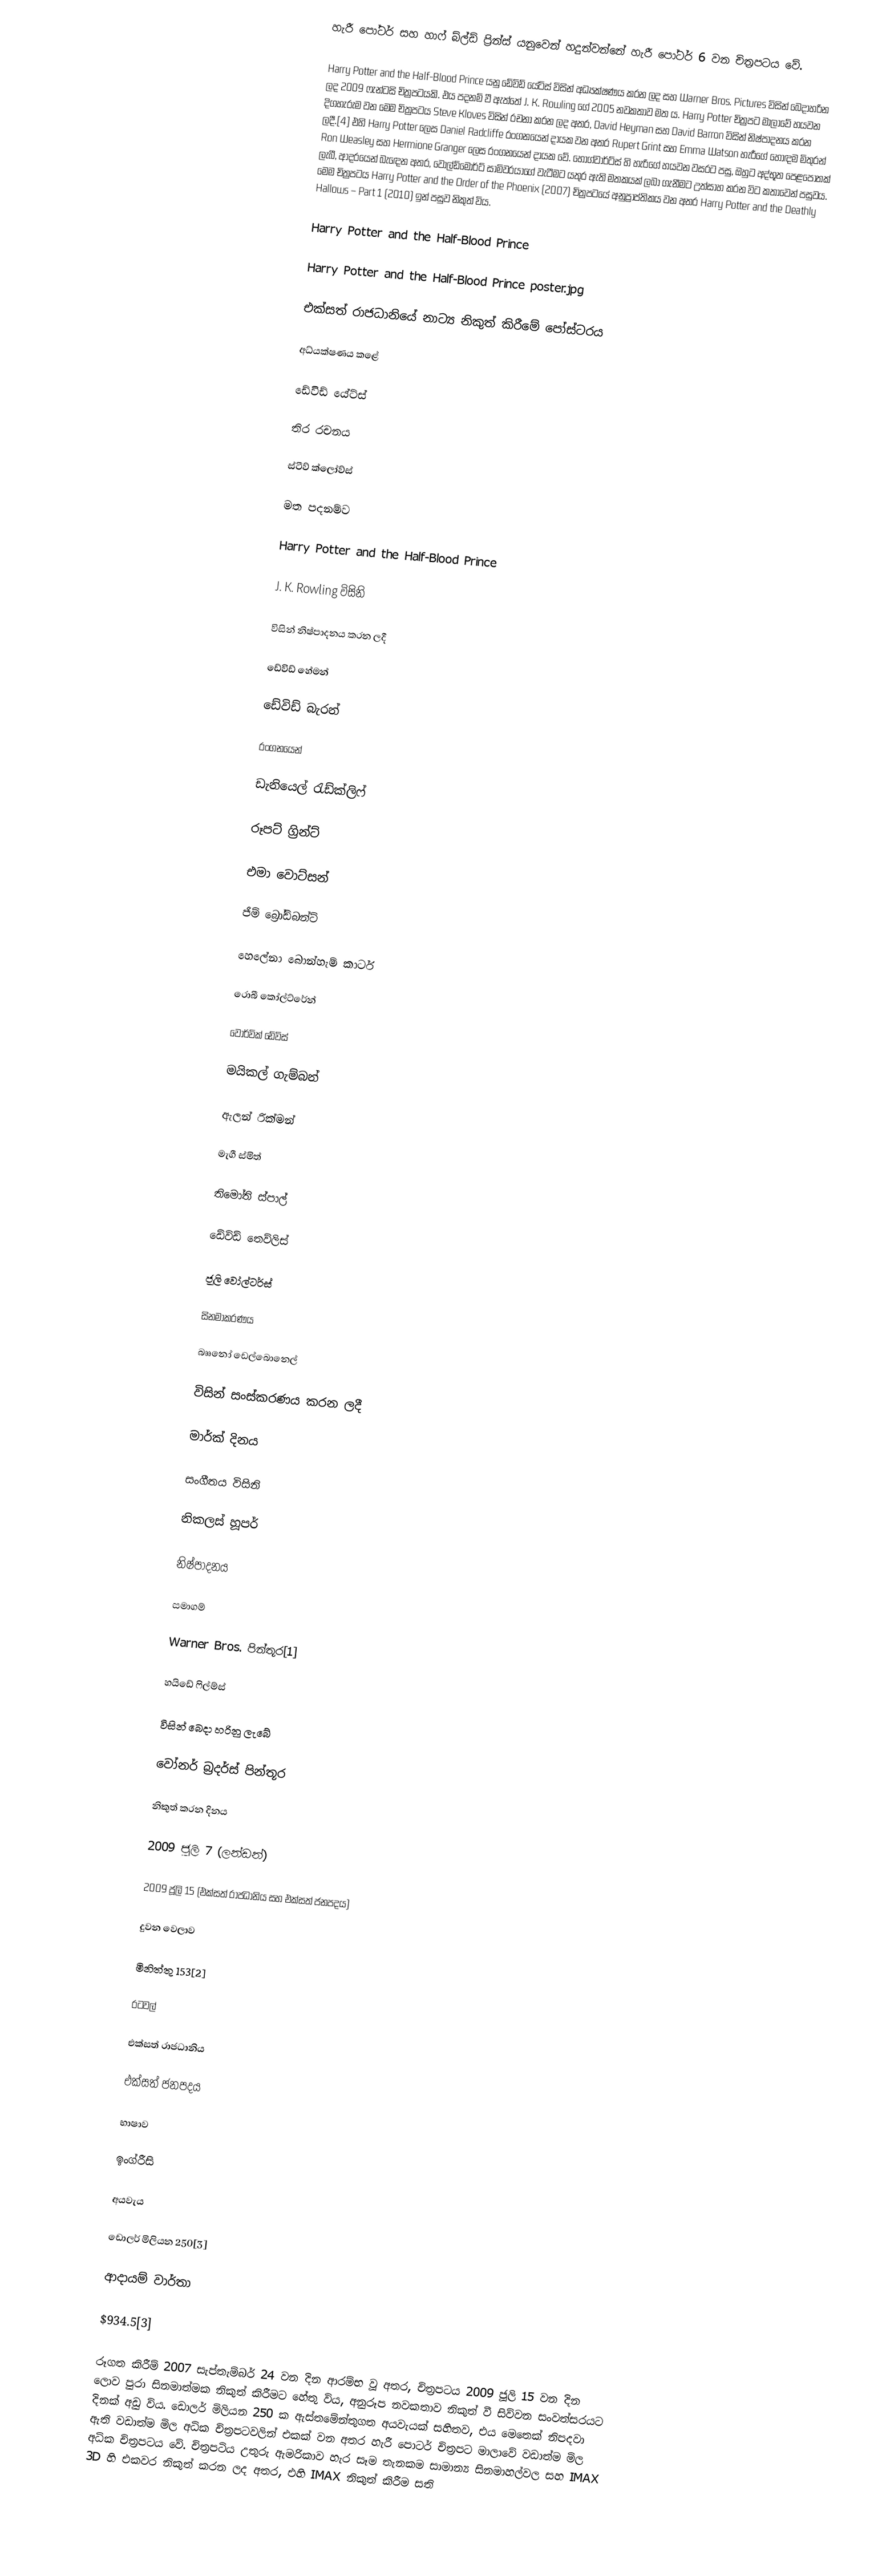
හැරී පෝටර් සහ හාෆ් බ්ල්ඩ් ප්‍රින්ස් යනුවෙන් හදුන්වන්නේ හැරී පෝටර් 6 වන චිත්‍රපටය වේ.

Harry Potter and the Half-Blood Prince යනු ඩේවිඩ් යේට්ස් විසින් අධ්‍යක්ෂණය කරන ලද සහ Warner Bros. Pictures විසින් බෙදාහරින ලද 2009 ෆැන්ටසි චිත්‍රපටයකි. එය පදනම් වී ඇත්තේ J. K. Rowling ගේ 2005 නවකතාව මත ය. Harry Potter චිත්‍රපට මාලාවේ හයවන දිගහැරුම වන මෙම චිත්‍රපටය Steve Kloves විසින් රචනා කරන ලද අතර, David Heyman සහ David Barron විසින් නිෂ්පාදනය කරන ලදී.[4] එහි Harry Potter ලෙස Daniel Radcliffe රංගනයෙන් දායක වන අතර Rupert Grint සහ Emma Watson හැරීගේ හොඳම මිතුරන් Ron Weasley සහ Hermione Granger ලෙස රංගනයෙන් දායක වේ. හොග්වාර්ට්ස් හි හැරිගේ හයවන වසරට පසු, ඔහුට අද්භූත පෙළපොතක් ලැබී, ආදරයෙන් බැඳෙන අතර, වෝල්ඩ්මෝර්ට් සාමිවරයාගේ වැටීමට යතුර ඇති මතකයක් ලබා ගැනීමට උත්සාහ කරන විට කතාවෙන් පසුවය. මෙම චිත්‍රපටය Harry Potter and the Order of the Phoenix (2007) චිත්‍රපටයේ අනුප්‍රාප්තිකය වන අතර Harry Potter and the Deathly Hallows – Part 1 (2010) ඉන් පසුව නිකුත් විය.

Harry Potter and the Half-Blood Prince

Harry Potter and the Half-Blood Prince poster.jpg

එක්සත් රාජධානියේ නාට්‍ය නිකුත් කිරීමේ පෝස්ටරය

අධ්යක්ෂණය කළේ

ඩේවිඩ් යේට්ස්

තිර රචනය

ස්ටීව් ක්ලෝව්ස්

මත පදනම්ව

Harry Potter and the Half-Blood Prince

J. K. Rowling විසිනි

විසින් නිෂ්පාදනය කරන ලදී

ඩේවිඩ් හේමන්

ඩේවිඩ් බැරන්

රංගනයෙන්

ඩැනියෙල් රැඩ්ක්ලිෆ්

රූපට් ග්‍රින්ට්

එමා වොට්සන්

ජිම් බ්‍රෝඩ්බන්ට්

හෙලේනා බොන්හැම් කාටර්

රොබී කෝල්ට්රේන්

වෝර්වික් ඩේවිස්

මයිකල් ගැම්බන්

ඇලන් රික්මන්

මැගී ස්මිත්

තිමෝති ස්පාල්

ඩේවිඩ් තෙව්ලිස්

ජූලි වෝල්ටර්ස්

සිනමාකරණය

බෲනෝ ඩෙල්බොනෙල්

විසින් සංස්කරණය කරන ලදී

මාර්ක් දිනය

සංගීතය විසිනි

නිකලස් හූපර්

නිෂ්පාදනය

සමාගම්

Warner Bros. පින්තූර[1]

හයිඩේ ෆිල්ම්ස්

විසින් බෙදා හරිනු ලැබේ

වෝනර් බ්‍රදර්ස් පින්තූර

නිකුත් කරන දිනය

2009 ජූලි 7 (ලන්ඩන්)

2009 ජූලි 15 (එක්සත් රාජධානිය සහ එක්සත් ජනපදය)

දුවන වෙලාව

මිනිත්තු 153[2]

රටවල්

එක්සත් රාජධානිය

එක්සත් ජනපදය

භාෂාව

ඉංග්රීසි

අයවැය

ඩොලර් මිලියන 250[3]

ආදායම් වාර්තා

$934.5[3]

රූගත කිරීම් 2007 සැප්තැම්බර් 24 වන දින ආරම්භ වූ අතර, චිත්‍රපටය 2009 ජූලි 15 වන දින ලොව පුරා සිනමාත්මක නිකුත් කිරීමට හේතු විය, අනුරූප නවකතාව නිකුත් වී සිව්වන සංවත්සරයට දිනක් අඩු විය. ඩොලර් මිලියන 250 ක ඇස්තමේන්තුගත අයවැයක් සහිතව, එය මෙතෙක් නිපදවා ඇති වඩාත්ම මිල අධික චිත්‍රපටවලින් එකක් වන අතර හැරී පොටර් චිත්‍රපට මාලාවේ වඩාත්ම මිල අධික චිත්‍රපටය වේ. චිත්‍රපටිය උතුරු ඇමරිකාව හැර සෑම තැනකම සාමාන්‍ය සිනමාහල්වල සහ IMAX 3D හි එකවර නිකුත් කරන ලද අතර, එහි IMAX නිකුත් කිරීම සති